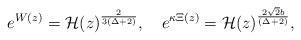
LaTeX: \begin{align*}e^{W(z)} = {\cal H}(z)^{\frac{2}{3(\Delta+2)}},\quad e^{\kappa \Xi(z)}={\cal H}(z)^{\frac{2 \sqrt{2}b}{(\Delta+2)}},\end{align*}